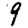
Digit: 9